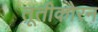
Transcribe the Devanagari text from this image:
तूतीकोरन